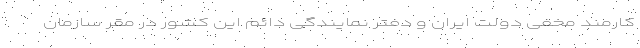
کارمند مخفی دولت ایران و دفتر نمایندگی دائم این کشور در مقر سازمان